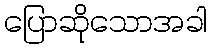
ပြောဆိုသောအခါ